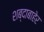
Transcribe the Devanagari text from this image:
शब्दाबाहेर